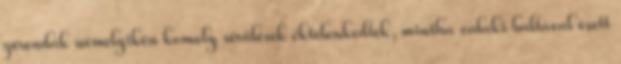
gerendák némelyikén komoly sérülések éktelenkedtek, mintha valaki baltával esett